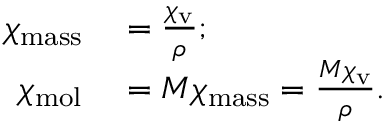
\begin{array} { r l } { \chi _ { \mathrm { m a s s } } } & { { } = { \frac { \chi _ { \mathrm { v } } } { \rho } } ; } \\ { \chi _ { \mathrm { m o l } } } & { { } = M \chi _ { \mathrm { m a s s } } = { \frac { M \chi _ { \mathrm { v } } } { \rho } } . } \end{array}